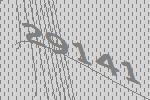
29141